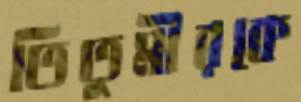
তিতুমীরকে